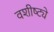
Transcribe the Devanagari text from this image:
वशीष्ट्ये